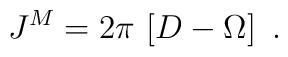
J^{M}  = 2 \pi  \, \left[ D - \Omega  \right] \ .